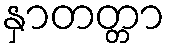
နှာတတ္တာ